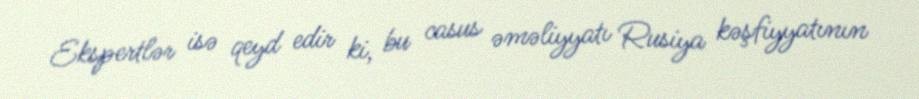
Ekspertlər isə qeyd edir ki, bu casus əməliyyatı Rusiya kəşfiyyatının